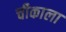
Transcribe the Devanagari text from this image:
चीकाला